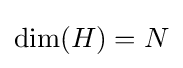
\operatorname {dim} (H)=N